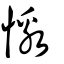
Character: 憿